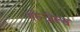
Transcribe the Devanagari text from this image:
गोन्ज़ेल्स